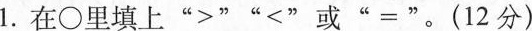
1.在\circ里填上”>””<”或”=”。(12分)